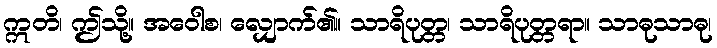
ဣတိ၊ ဤသို့။ အဝေါစ၊ လျှောက်၏။ သာရိပုတ္တ၊ သာရိပုတ္တရာ။ သာဓုသာဓု၊